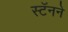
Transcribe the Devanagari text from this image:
स्टॅनने